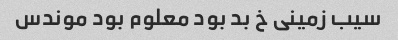
سیب زمینی خ بد بود معلوم بود موندس